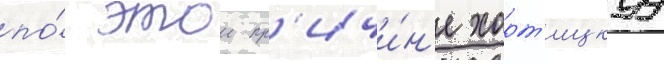
по́ этои пр'ичи́н'е хорт'ицкуу